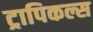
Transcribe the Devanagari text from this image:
ट्रापिकल्स